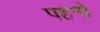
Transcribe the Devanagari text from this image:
पहनो